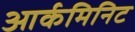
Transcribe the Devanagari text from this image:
आर्कमिनिट